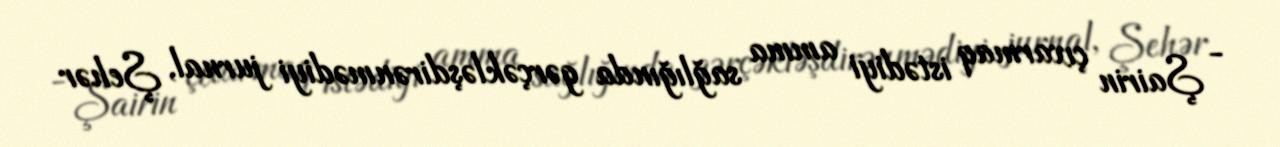
- Şairin çıxarmaq istədiyi amma sağlığında gərçəkləşdirənmədiyi jurnal, Şehər